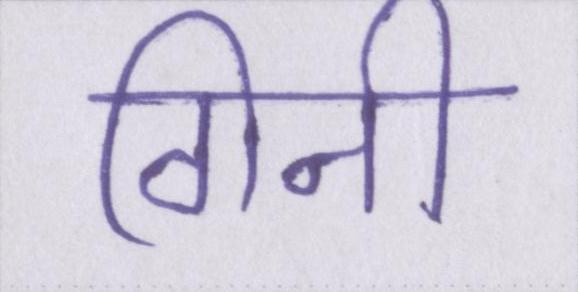
गिनी